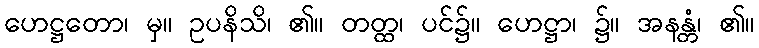
ဟေဋ္ဌတော၊ မှ။ ဥပနိသိ၊ ၏။ တတ္ထ၊ ပင်၌။ ဟေဋ္ဌာ၊ ၌။ အနန္တံ၊ ၏။